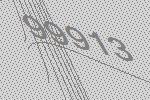
99913